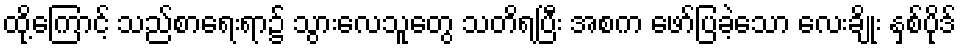
ထို့ကြောင့် သည်စာရေးရာ၌ သွားလေသူတွေ သတိရပြီး အစက ဖော်ပြခဲ့သော လေးချိုး နှစ်ပိုဒ်